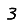
Digit: 3